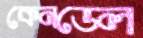
কেনডেল